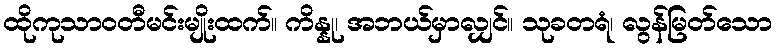
ထိုကုသာဝတီမင်းမျိုးထက်။ ကိန္နု၊ အဘယ်မှာလျှင်။ သုခတရံ၊ လွန်မြတ်သော